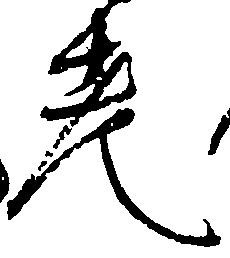
老